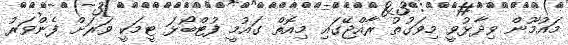
މައުމޫން ވިދާޅުވީ މިވަގުތު ރާއްޖޭގައި މިއޮތް ގައުމީ ފުޓްބޯޅަ ޓީމަކީ ވަރަށް ފެންވަރު